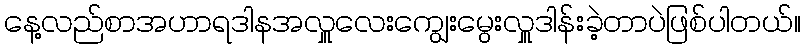
နေ့လည်စာအဟာရဒါနအလှူလေးကျွေးမွေးလှူဒါန်းခဲ့တာပဲဖြစ်ပါတယ်။